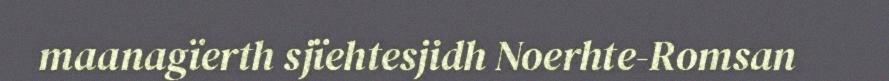
maanagïerth sjïehtesjidh Noerhte-Romsan